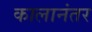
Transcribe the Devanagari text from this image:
कालानंतर